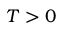
T > 0